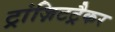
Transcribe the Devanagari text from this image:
ट्रांज़िटट्रैकर